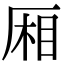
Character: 厢